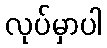
လုပ်မှာပါ